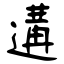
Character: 遘